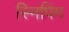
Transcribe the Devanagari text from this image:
स्निपिंग